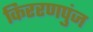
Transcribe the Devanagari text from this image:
किररणपुंज